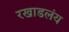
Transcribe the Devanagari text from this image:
रखाडलंय